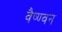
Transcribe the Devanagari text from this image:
वैष्ण्वन